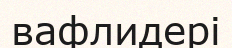
вафлидері